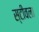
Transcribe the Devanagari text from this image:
स्टीवला